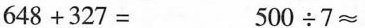
$$6 4 8 + 3 2 7 =$$$$5 0 0 \div 7\approx$$